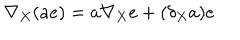
\nabla _ { X } ( a e ) = a \nabla _ { X } e + ( \delta _ { X } a ) e